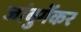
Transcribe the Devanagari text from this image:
जांबुर्गेकर